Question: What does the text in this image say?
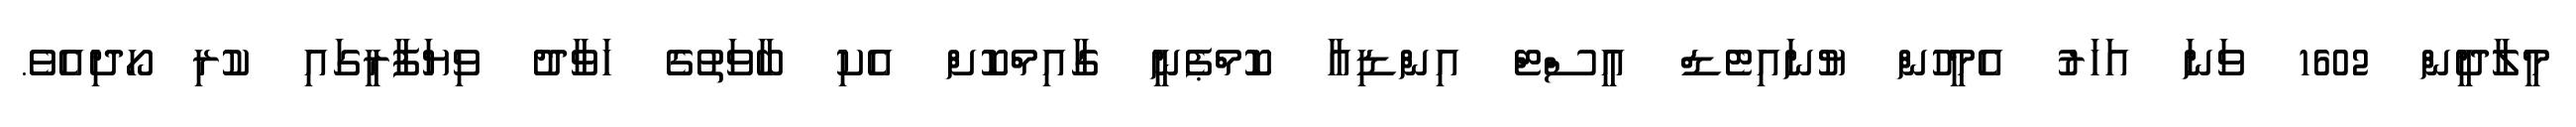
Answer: މީލާދީން 1602 ވަނަ އަހަރު އެމީހުން ޔުނައިޓެޑް އީސްޓް އިންޑިއާ ކޮމްޕެނީ ގާއިމްކޮށް އެކި ބާވަތުގެ ހަވާދު ވިޔަފާރީގައި ކުރި ހޯދިއެވެ.